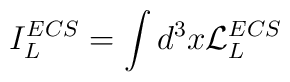
I^{ECS}_L =\int d^3 x {\cal L}_L^{ECS}